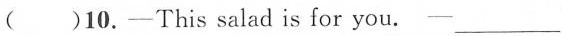
( )10.—This salad is for you. —___